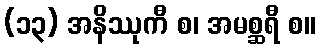
(၁၃) အနိဿုကီ စ၊ အမစ္ဆရီ စ။